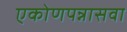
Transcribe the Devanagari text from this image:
एकोणपन्नासवा